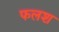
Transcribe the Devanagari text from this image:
फलश